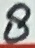
Text: 8